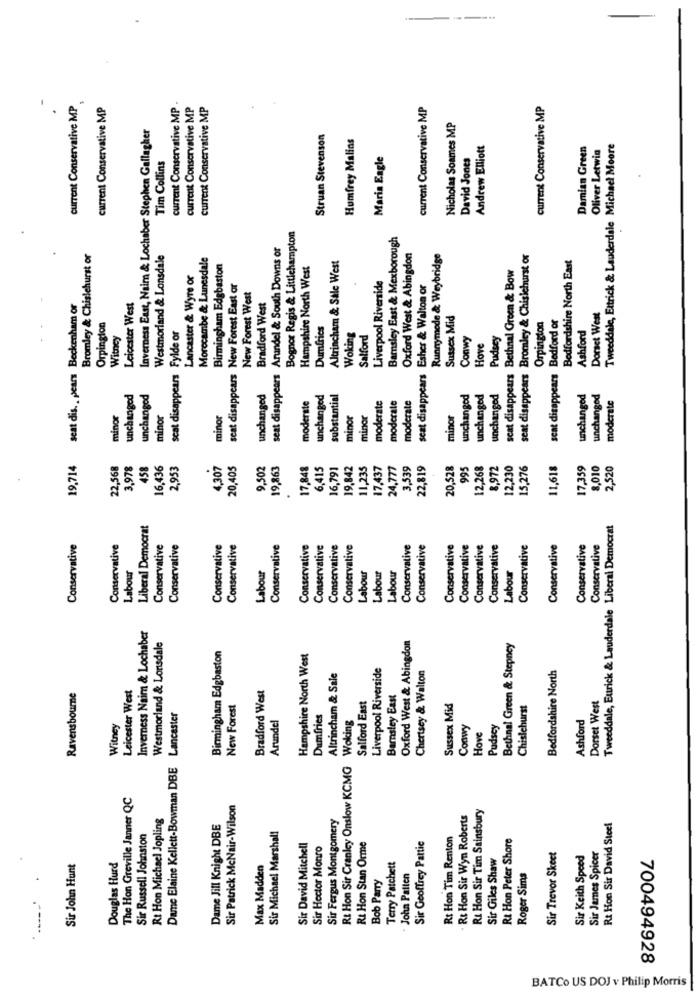
current Conservative MP
current Conservative MP
current Conservative MP
current Conservative MP
current Conservative MP
current Conservative MP
current Conservative MP
Inverness East, Naim & Lochaber Stephen Gallagher
Nicholas Soames MP
Struan Stevenson
Humfrey Malins
Andrew Elliott
Damian Green
Oliver Letwia
Tweeddale, Ettrick & Lauderdale Michael Moore
Tim Collins
Maria Eagle
David Jones
Bognor Regis & Littlehampton
Barnsley East & Mexborough
seat disappears Arundel & South Downs of
Bromley & Chislehurst or
Westmorland & Lonsdale
Morecambe & Lunesdale
Altrincham & Sale West
Oxford West & Abingdon
Runnymede & Weybridge
seat disappears Bromley & Chislehurst or
Bedfordshire North East
Birmingham Edgbaston
Hampshire North West
seat disappears Bethnal Green & Bow
Lancaster & Wyre or
Liverpool Riverside
seat disappears New Forest East or
Esher & Walton or
New Forest West
seat dis. , pears Beckenham or
Leicester West
Bradford West
Sussex Mid
Bedford or
Dorset West
Orpington
scat disappears Fylde or
Dumfries
Orpington
Ashford
Witncy
Woking
Salford
Conwy
Pudsey
Hove
seat disappears
seat disappears
unchanged
unchanged
unchanged
moderate
unchanged
substantial
moderate
moderate
moderate
unchanged
unchanged
unchanged
unchanged
unchanged
moderate
minor
minor
minor
minor
minor
minor
19.714
22,568
3,978
458
16,436
2,953
4,307
20,405
9.502
19,863
17,848
6.415
16,791
19,842
11,235
17,437
24,777
3,539
22,819
20,528
995
12,268
8,972
12,230
15,276
11,618
17,359
8,010
2,520
Liberal Democrat
Tweeddale, Ettrick & Lauderdale Liberal Democrat
Conservative
Conservative
Conservative
Conservative
Conservative
Conservative
Conservative
Conservative
Conservative
Conservative
Conservative
Conservative
Conservative
Conservative
Conservative
Conservative
Conservative
Conservative
Conservative
Conservative
Conservative
Labour
Labour
Labour
Labour
Labour
Labour
Inverness Nairn & Lochaber
Westmorland & Lonsdale
Oxford West & Abingdon
Bethnal Green & Stepney
Birmingham Edgbaston
Hampshire North West
Liverpool Riverside
Chertsey & Walton
Bedfordshire North
Altrincham & Sale
Leicester West
Bradford West
Barnsley East
Ravensbourne
Salford East
Dorset West
New Forest
Sussex Mid
Chislehurst
Lancaster
Arundel
Dumfries
Woking
Ashford
Witney
Conwy
Pudscy
Hove
Dame Elaine Kellett-Bowman DBE
Rt Hon Sir Cranley Onslow KCMG
The Hon Greville Janner QC
Sir Patrick McNair-Wilson
Rt Hon Sir Tim Sainsbury
Rt Hon Michael Jopling
Sir Fergus Montgomery
· Rt Hon Sir Wyn Roberts
Dame Jill Knight DBE
Rt Hon Sir David Steel
Sir Russell Johnston
Sir Michael Marshall
Rt Hon Stan Orme
Rt Hon Tim Renton
Rt Hon Peter Shore
Sir David Mitchell
Sir Hector Monro
Sir Geoffrey Pattie
Sir James Spicer
Sir Giles Shaw
Sir Trevor Skeet
Sir Keith Speed
Sir John Hunt
Douglas Hurd
Max Madden
Terry Patchett
Bob Parry
- John Patten
Roger Sims
700494928
BATCo US DOJ v Philip Morris